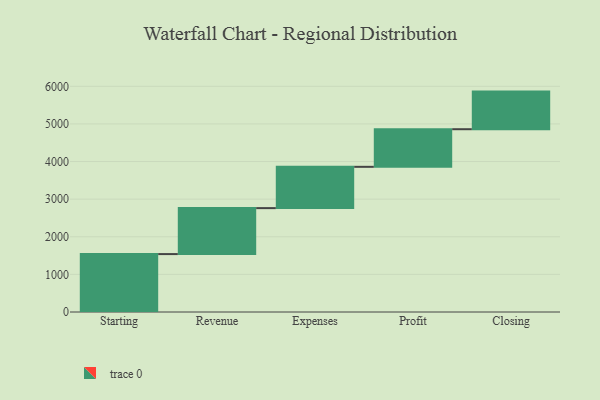
{"axis": {"x": "Step", "y": "Value"}, "legend": [""], "data": [{"x": "Starting", "y": 1540.0, "type": ""}, {"x": "Revenue", "y": 1222.0, "type": ""}, {"x": "Expenses", "y": 1098.0, "type": ""}, {"x": "Profit", "y": 1000, "type": ""}, {"x": "Closing", "y": 1000, "type": ""}]}